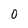
Character: 0